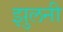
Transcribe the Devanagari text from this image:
झुलनी